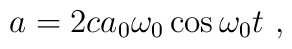
a=2ca_0\omega _0 \cos \omega _0 t~,